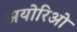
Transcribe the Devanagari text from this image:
अयोरिओ